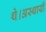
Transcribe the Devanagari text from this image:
थे।अस्थायी